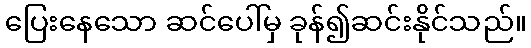
ပြေးနေသော ဆင်ပေါ်မှ ခုန်၍ဆင်းနိုင်သည်။